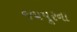
જયપૂરના